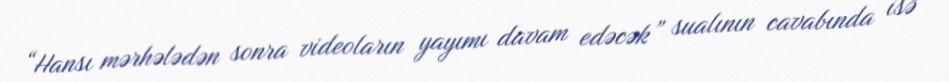
“Hansı mərhələdən sonra videoların yayımı davam edəcək” sualının cavabında isə